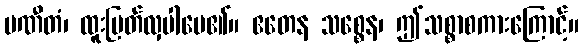
ပဏီတံ၊ ထူးမြတ်လှပါပေ၏။ ဧတေန သစ္စေန၊ ဤသစ္စာစကားကြောင့်။